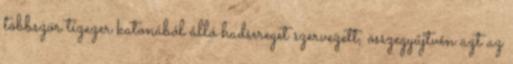
többször tízezer katonából álló hadsereget szervezett, összegyűjtvén azt az